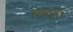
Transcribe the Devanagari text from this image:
मस्तूरी